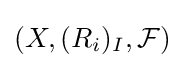
(X,(R_{i})_{I},{\mathcal {F}})